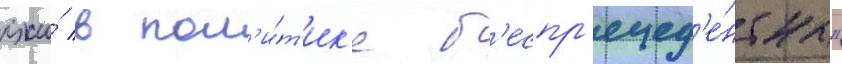
лжи́ в пол'и́т'ик'е б'еспр'ецед'е́нтны"